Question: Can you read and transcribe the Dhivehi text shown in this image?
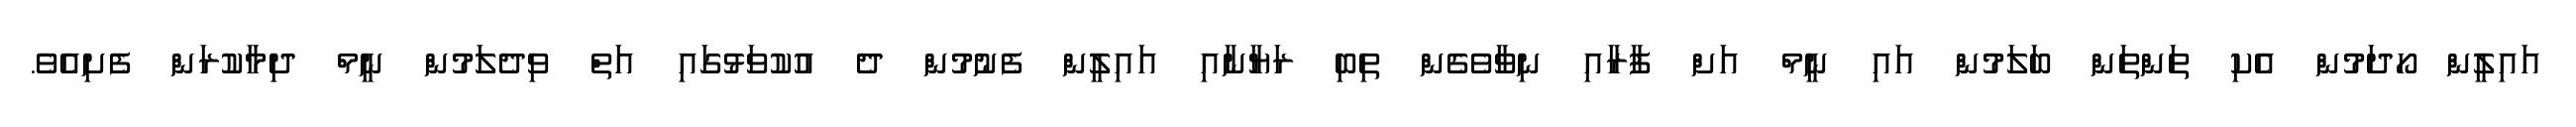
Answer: އައިލީން ހޯދަމުން އެކި ތަންތަން ބަލަމުން އައި ނީމް އަށް ފާރާއި ނިވާވެގެން ތިބި ރަޔާނާއި އައިލީން ފެނުމުން ދެ އުކުވަޅުގައި އަތް ވިދެލަމުން ނީމް ދިމާކުރަން ފެށިއެވެ.